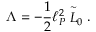
\Lambda = - { \frac { 1 } { 2 } } \ell _ { P } ^ { 2 } \stackrel { \sim } { \cal L } _ { 0 } .